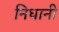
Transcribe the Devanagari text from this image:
निधानी